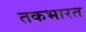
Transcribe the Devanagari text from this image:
तकभारत